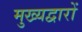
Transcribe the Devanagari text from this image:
मुख्यद्वारों